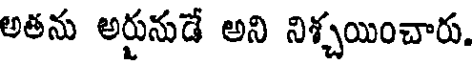
అతను అర్జునుడే అని నిశ్చయించారు.